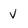
Character: v